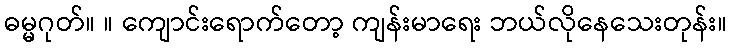
ဓမ္မဂုတ်။ ။ ကျောင်းရောက်တော့ ကျန်းမာရေး ဘယ်လိုနေသေးတုန်း။